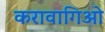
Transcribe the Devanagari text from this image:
करावागिओ